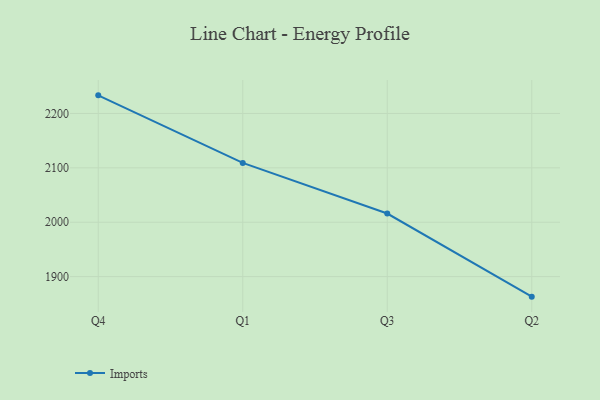
{"axis": {"x": "Quarter", "y": "Latency (ms)"}, "legend": ["Imports"], "data": [{"x": "Q4", "y": 2233.3, "type": "Imports"}, {"x": "Q1", "y": 2109.1, "type": "Imports"}, {"x": "Q3", "y": 2016.0, "type": "Imports"}, {"x": "Q2", "y": 1863.1, "type": "Imports"}]}